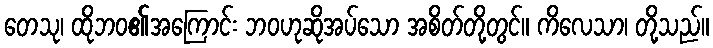
တေသု၊ ထိုဘဝ၏အကြောင်း ဘဝဟုဆိုအပ်သော အစိတ်တို့တွင်။ ကိလေသာ၊ တို့သည်။